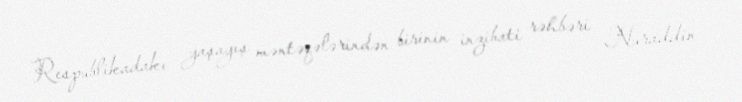
Respublikadakı yaşayış məntəqələrindən birinin inzibati rəhbəri Nuraddin